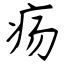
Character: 疡